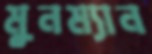
মুনম্যান